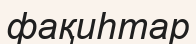
фақиһтар